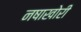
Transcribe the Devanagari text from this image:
नषाखोरी